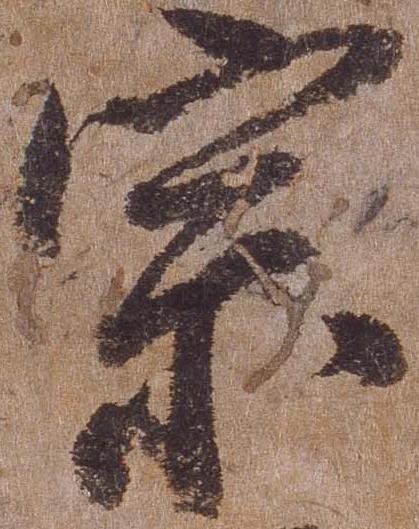
宗